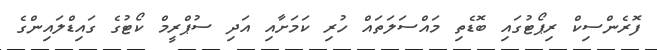
ފޮރެންސިކް ރިޕޯޓުގައި ބޮޑެތި މައްސަލަތައް ހުރި ކަމަށާއި އަދި ސުޕްރީމް ކޯޓުގެ ގައިޑްލައިންގެ